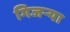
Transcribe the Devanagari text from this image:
गिजऱ्या